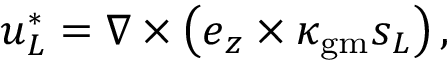
\boldsymbol { u } _ { L } ^ { * } = \nabla \times \left( \boldsymbol { e } _ { z } \times \kappa _ { \mathrm { g m } } \boldsymbol { s } _ { L } \right) ,